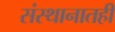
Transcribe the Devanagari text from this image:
संस्थानातही